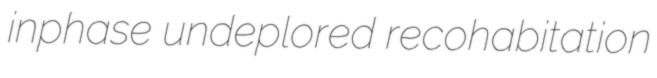
inphase undeplored recohabitation